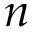
n